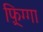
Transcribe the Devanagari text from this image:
फ़्रिग्गा